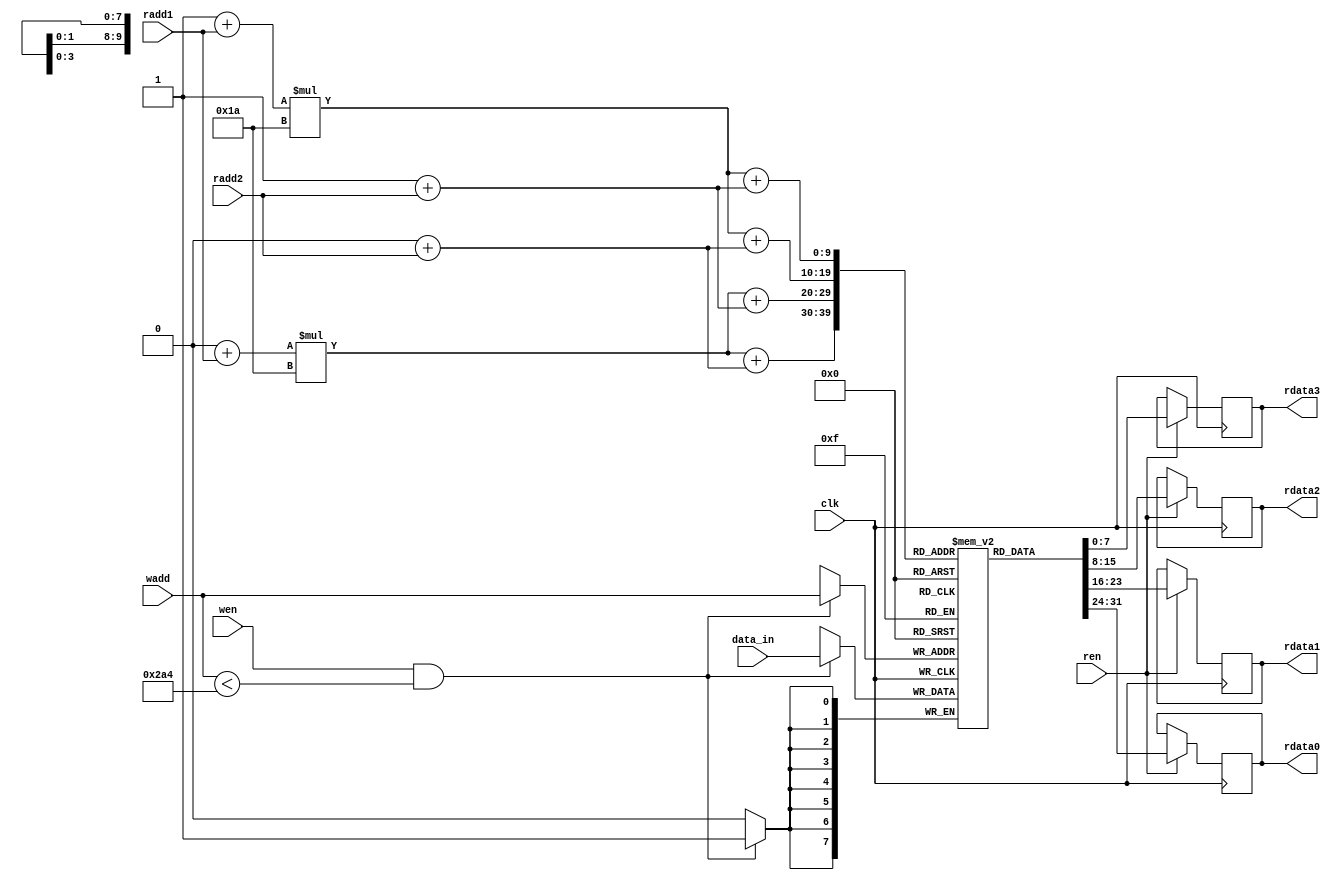
`timescale 1ns / 1ps
//////////////////////////////////////////////////////////////////////////////////
// Company: 
// Engineer: 
// 
// Design Name: 
// Module Name: memory_rstl_conv_3
// Project Name: 
// Target Devices: 
// Tool Versions: 
// Description: 
// 
// Dependencies: 
// 
// Revision:
// Revision 0.01 - File Created
// Additional Comments:
// 
//////////////////////////////////////////////////////////////////////////////////


//module memory_rstl_conv_3 //test soc
//#(
//    //memory_rstl_conv
//    parameter n_c = 5'd26,  //number of column matrix image 
//    parameter n_r = 5'd26,  //number of rows matrix image 
//    parameter dataWidthImg= 16,
//    parameter numWeightRstlConv = 676,
//    parameter addressWidthRstlConv = 10, 
//    parameter dataWidthRstlConv = 8
//)
//( 
//    input clk,
//    input wen,
//    input ren,
//    input [addressWidthRstlConv-1:0] wadd,
//    input [addressWidthRstlConv-1:0] radd,
//    input signed [dataWidthRstlConv-1:0] data_in,

//    output reg [dataWidthRstlConv-1:0] rdata

//);
    
//    reg [dataWidthRstlConv-1:0] mem_rstl_conv3 [numWeightRstlConv-1:0];



//    always @(posedge clk)
//	begin
//	   if (wen & (wadd < numWeightRstlConv))
//	   begin
//	       mem_rstl_conv3[wadd] <= data_in;
//	       //$display("conv3, %d",wadd,data_in); 
//           $display("%d",data_in);
//	   end
//	end 
    
//    always @(posedge clk)
//    begin
//        if (ren)
//        begin
//            rdata <= mem_rstl_conv3[radd];

//        end
//    end 
//endmodule









module memory_rstl_conv_3
#(
    //memory_rstl_conv
    parameter n_c = 5'd26,  //number of column matrix image 
    parameter n_r = 5'd26,  //number of rows matrix image 
    parameter dataWidthImg= 16,
    parameter numWeightRstlConv = 676,
    parameter addressWidthRstlConv = 10, 
    parameter dataWidthRstlConv = 8
)
( 
    input clk,
    input wen,
    input ren,
    input [addressWidthRstlConv-1:0] wadd,
    input [addressWidthRstlConv-1:0] radd1,
    input [addressWidthRstlConv-1:0] radd2,
    input signed [dataWidthRstlConv-1:0] data_in,

    output reg [dataWidthRstlConv-1:0] rdata0,
    output reg [dataWidthRstlConv-1:0] rdata1,
    output reg [dataWidthRstlConv-1:0] rdata2,
    output reg [dataWidthRstlConv-1:0] rdata3 

);
    
    reg [dataWidthRstlConv-1:0] mem_rstl_conv3 [numWeightRstlConv-1:0];

    wire [11-1:0] p_img_0;
    wire [11-1:0] p_img_1;
    wire [11-1:0] p_img_2;
    wire [11-1:0] p_img_3;
    
    assign p_img_0 = (0+radd1)*(n_c) + (0+radd2);
    assign p_img_1 = (0+radd1)*(n_c) + (1+radd2);
    assign p_img_2 = (1+radd1)*(n_c) + (0+radd2);
    assign p_img_3 = (1+radd1)*(n_c) + (1+radd2);     


    always @(posedge clk)
	begin
	   if (wen & (wadd < numWeightRstlConv))
	   begin
	       mem_rstl_conv3[wadd] <= data_in;
	       //$display("wadd3, %d",wadd,data_in); 

	   end
	end 
    
    always @(posedge clk)
    begin
        if (ren)
        begin
            rdata0 <= mem_rstl_conv3[p_img_0];
            rdata1 <= mem_rstl_conv3[p_img_1];
            rdata2 <= mem_rstl_conv3[p_img_2];
            rdata3 <= mem_rstl_conv3[p_img_3];
        end
    end 
endmodule